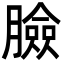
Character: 臉